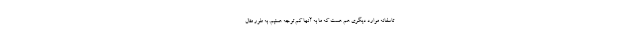
تاسفانه موارد دیگری هم هست که ما به آنها کم توجه هستیم. به طور مثال